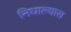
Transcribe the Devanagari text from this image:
निघाल्यास